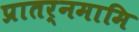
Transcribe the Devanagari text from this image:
प्रातर्नमामि